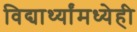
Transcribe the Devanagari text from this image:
विद्यार्थ्यांमध्येही